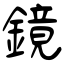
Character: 鏡